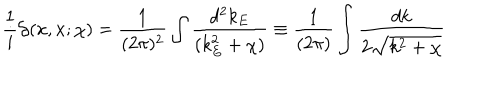
\frac { 1 } { i } { \cal G } ( x , x ; \chi ) = \frac { 1 } { ( 2 \pi ) ^ { 2 } } \int \frac { d ^ { 2 } k _ { E } } { ( k _ { E } ^ { 2 } + \chi ) } \equiv \frac { 1 } { ( 2 \pi ) } \int \frac { d k } { 2 \sqrt { k ^ { 2 } + \chi } }